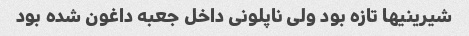
شیرینیها تازه بود ولی ناپلونی داخل جعبه داغون شده بود